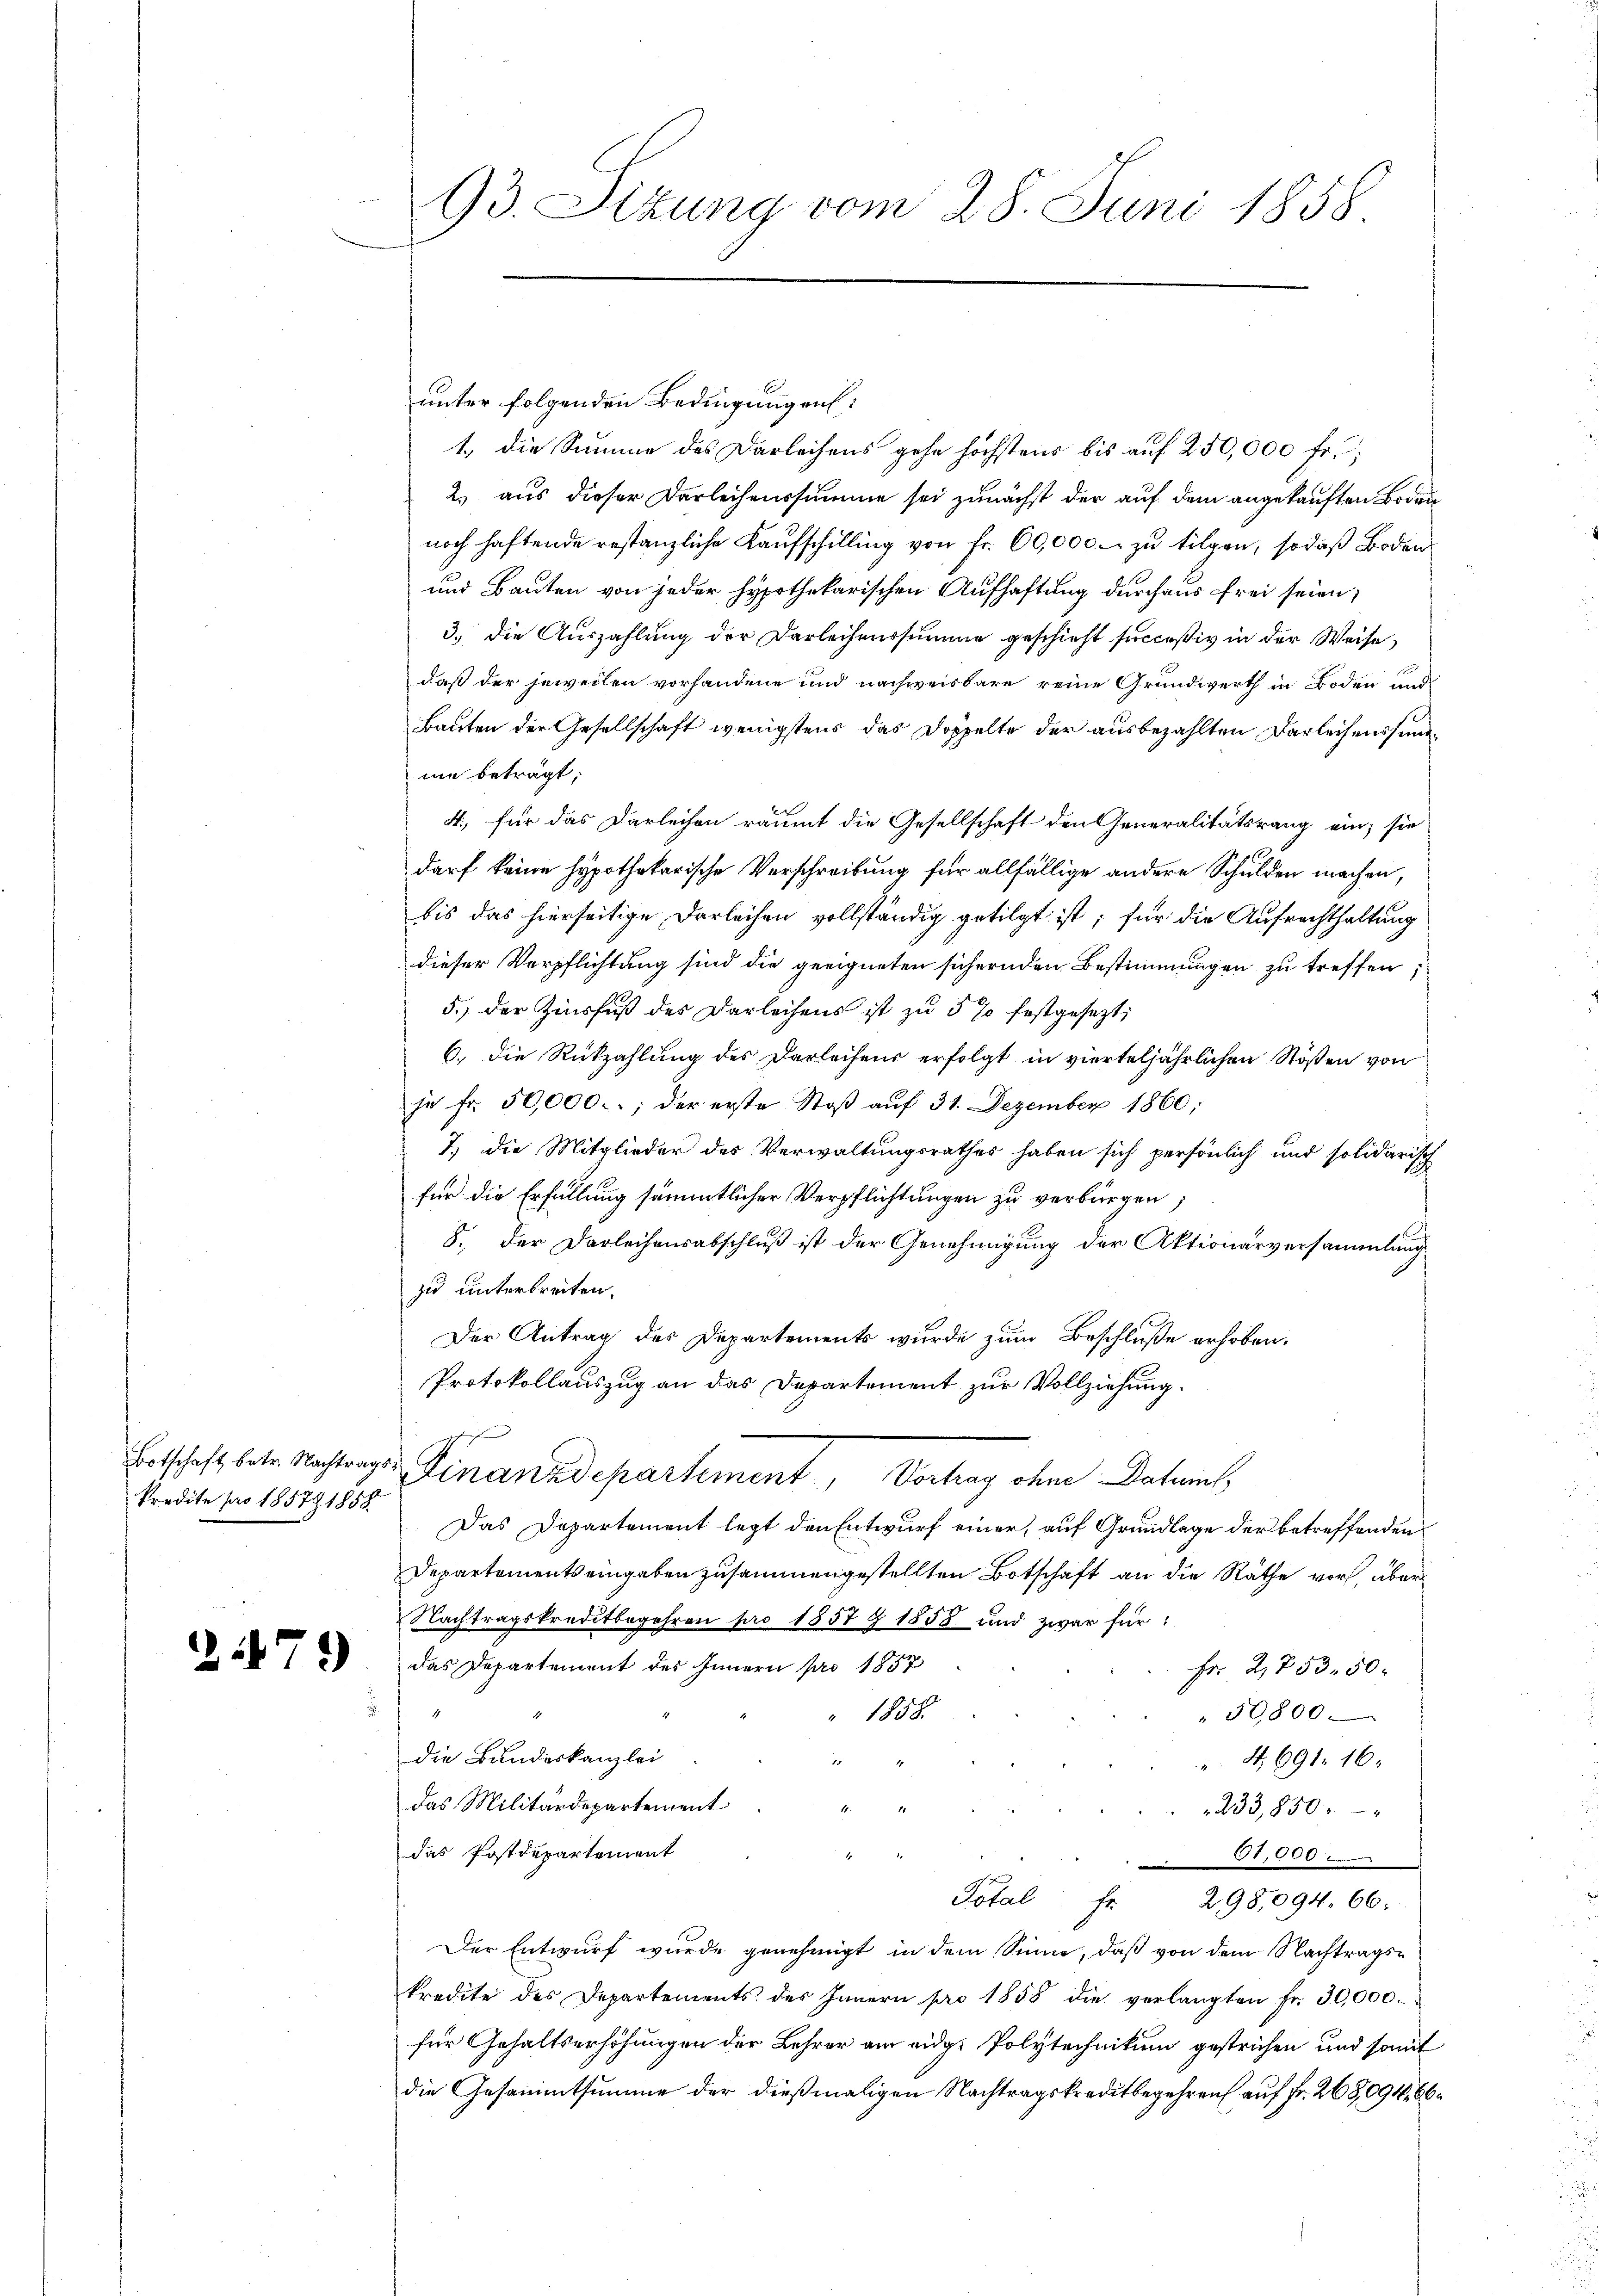
Botschaft betr. Nachtrag
Predite pro 1857. 1858.

21479)

93. Sitzung vom 28. Juni 1858

unter folgenden Bedingungen:
1., die Summe des Darleihens gehe höchstens bis auf 250,000 fr.
2. aus dieser Darleihenssumme sei zunächst der auf dem angekauften Bodennoch haftende restanzliche Kaufschilling von fr. 60,000. zu tilgen, so daß Boden
und Bauten von jeder Hypothekarischen Aufhaftung durchaus frei seien;
3.) Die Auszahlung der Darleihenssumme geschieht succeßiv in der Weise,
daß der jeweilen vorhandene und nachweisbare reine Grundwerth in Boden und
Bauten der Gesellschaft wenigstens das Doppelte der ausbezahlten Darleihens sundmie beträgt;
4, für das Darleihen räumt die Gesellschaft den Generalitätsrang ein; sie
darf keine hypothekarische Verschreibung für allfällige andere Schulden machen,
bis das hierseitige Darleihen vollständig getilgt ist; für die Aufrechthaltung
dieser Verpflichtung sind die geeigneten sichernden Bestimmungen zu treffen;
5.) Der Zinsfuß der Darleihens ist zu 5 % festgesezt;
6. die Rückzahlung des Darleihens erfolgt in vierteljährlichen Stößen von
je fr. 50,000.- der erste Stoβ aŭf 31. Dezember 1860;
7.) Die Mitglieder des Verwaltungsrathes haben sich persönlich und solidarisch
für die Erfüllung sämmtlicher Verpflichtungen zu verbürgen;
8. Der Darleihensabschluß ist der Genehmigung der Aktionarversammlung
zu unterbreiten.
Der Antrag des Departements wurde zum Beschluße erhoben.
Protokollauszug an das Departement zur Vollziehung.
d. Finanzdepartement, Vertrag dem Datris
Das Departement legt den Entwurf einer, auf Grundlage der betreffenden
Departements eingaben zusammengestellten Botschaft an die Räthe vor, über
Nachtragskreditbegehren pro 1857 § 1858 und zwar für
das Departement des Innern pro 1857
Fr. 2,753. 50.
50800.
" 1858.
die Bundeskanzlei
A, 691. 16.
das Militärdepartement
233,850
das Postdepartement
61,000
Total. Fr. 298,094. 66.
Der Entwurf wurde genehmigt in dem Sinne, daß von dem Nachtragskredite des Departements des Innern pro 1858 die verlangten fr. 30,000.
für Gehaltserhöhungen der Lehrer am eidge Polytechnikum gestrichen und somit
die Gesammtsumme der dießmaligen Nachtragskreditbegehren auf Fr. 268,094, 66.